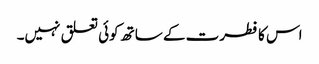
اس کا فطرت کے ساتھ کوئی تعلق نہیں۔